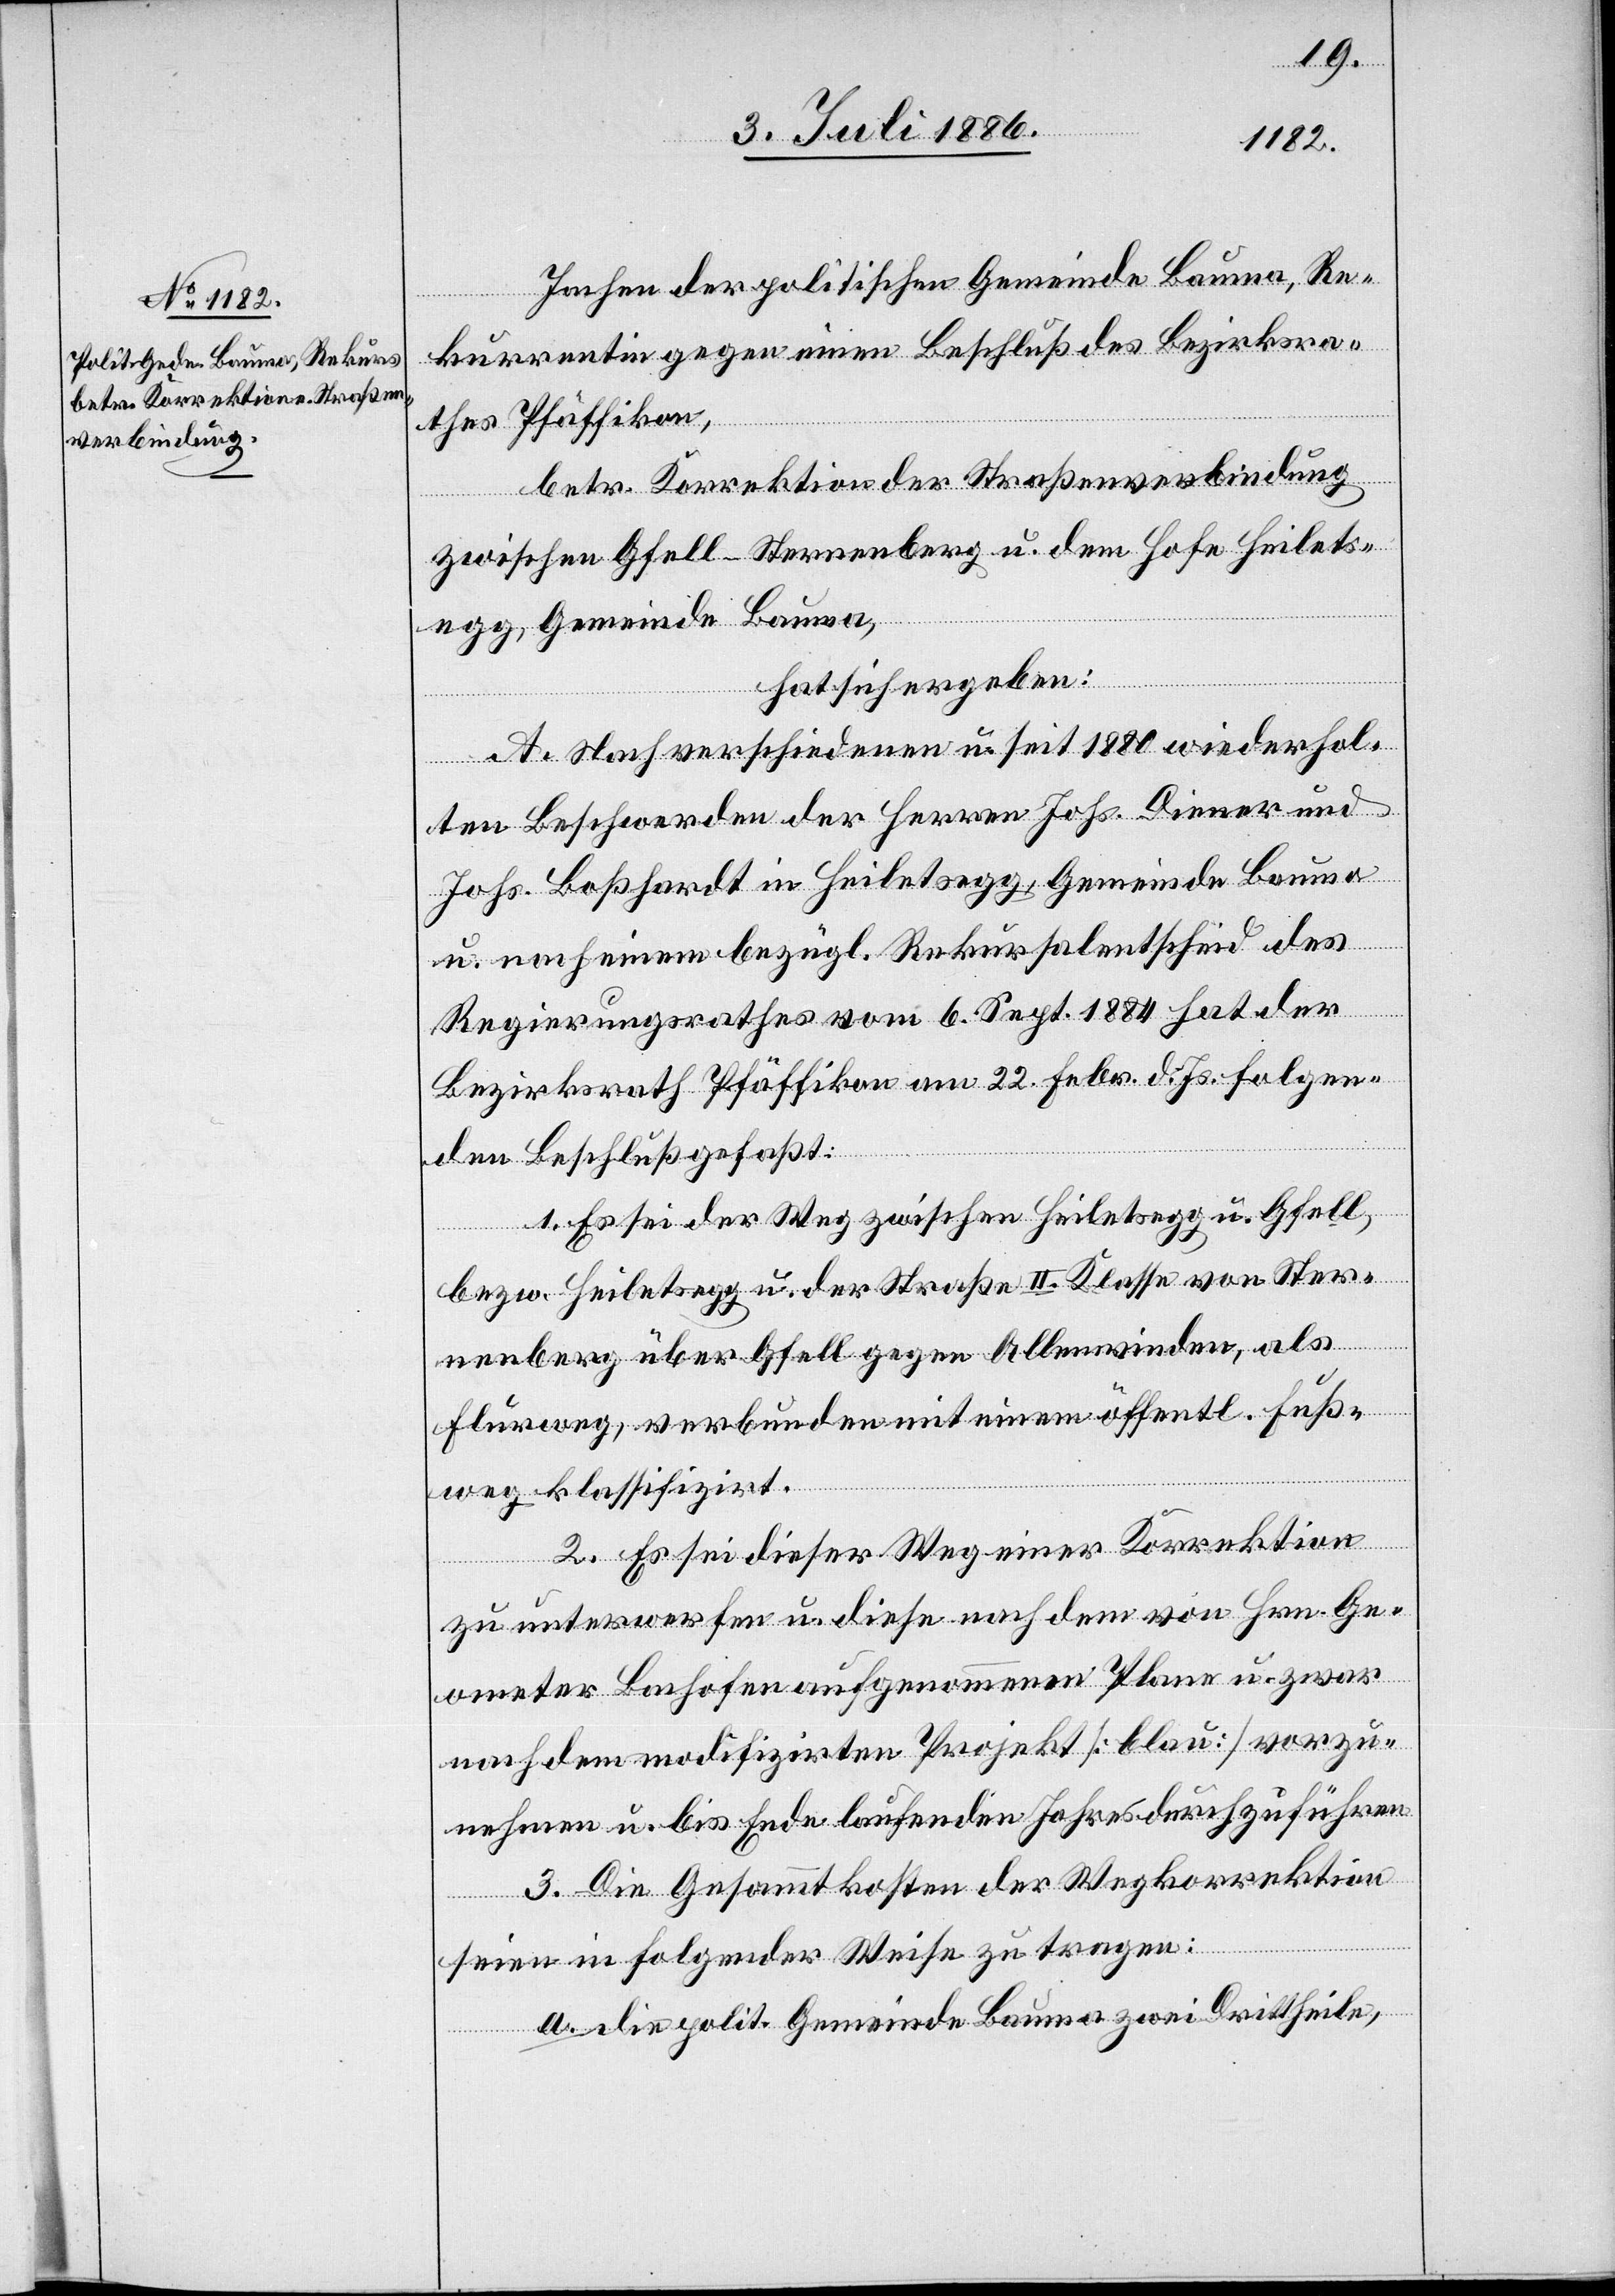
Sachen] der politischen Gemeinde Bauma, Re¬
kurrentin gegen einen Beschluß des Bezirksra¬
Allenwinden, als
thes Pfäffikon,
betr. Korrektion der Straßenverbindung
zwischen Gfell - Sternenberg u. dem Hofe Heilets¬
egg, Gemeinde Bauma,
gegen
hat sich ergeben:
A. Nach verschiedenen u. seit 1880 wiederhol¬
ten Beschwerden der Herren Johs. Diener und
Johs. Boßhard in Heiletsegg, Gemeinde Bauma
u. nach einem bezügl. Rekursalentscheid des
Regierungsrathes vom 6. Sept. 1884 hat der
Bezirksrath Pfäffikon am 22. Febr. d. Js. folgen¬
den Beschluß gefaßt:
1. Es sei der Weg zwischen Heiletsegg u. Gfell
Flurweg, verbunden mit einem öffentl. Fuß¬
In
weg klassifizirt.
2. Es sei dieser Weg einer Korrektion
zu unterwerfen u. diese nach dem von Hrn. Ge¬
ometer Bachofen aufgenommenen Plane u. zwar
nach dem modifizirten Projekt [blau] vorzu¬
nehmen u. bis Ende laufenden Jahres durchzuführen.
3. Die Gesammtkosten der Wegkorrektion
seien in folgender Weise zu tragen:
a. die polit. Gemeinde Bauma zwei Drittheile,